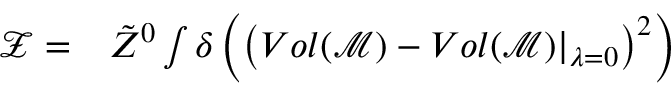
\begin{array} { r l } { \mathcal { Z } = } & { { } \tilde { Z } ^ { 0 } \int \delta \left( \left( V o l ( \mathcal { M } ) - V o l ( \mathcal { M } ) \vert _ { \lambda = 0 } \right) ^ { 2 } \right) } \end{array}